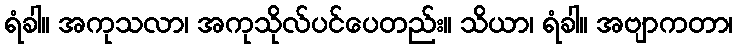
ရံခါ။ အကုသလာ၊ အကုသိုလ်ပင်ပေတည်း။ သိယာ၊ ရံခါ။ အဗျာကတာ၊